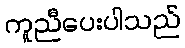
ကူညီပေးပါသည်